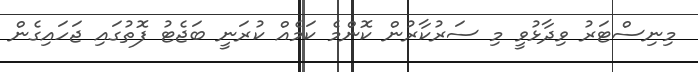
މިނިސްޓަރު ވިދާޅުވީ މި ސަރުކާރުން ކޮންމެ ކަމެއް ކުރަނީ ބަޖެޓު ފޮތުގައި ޖަހައިގެން